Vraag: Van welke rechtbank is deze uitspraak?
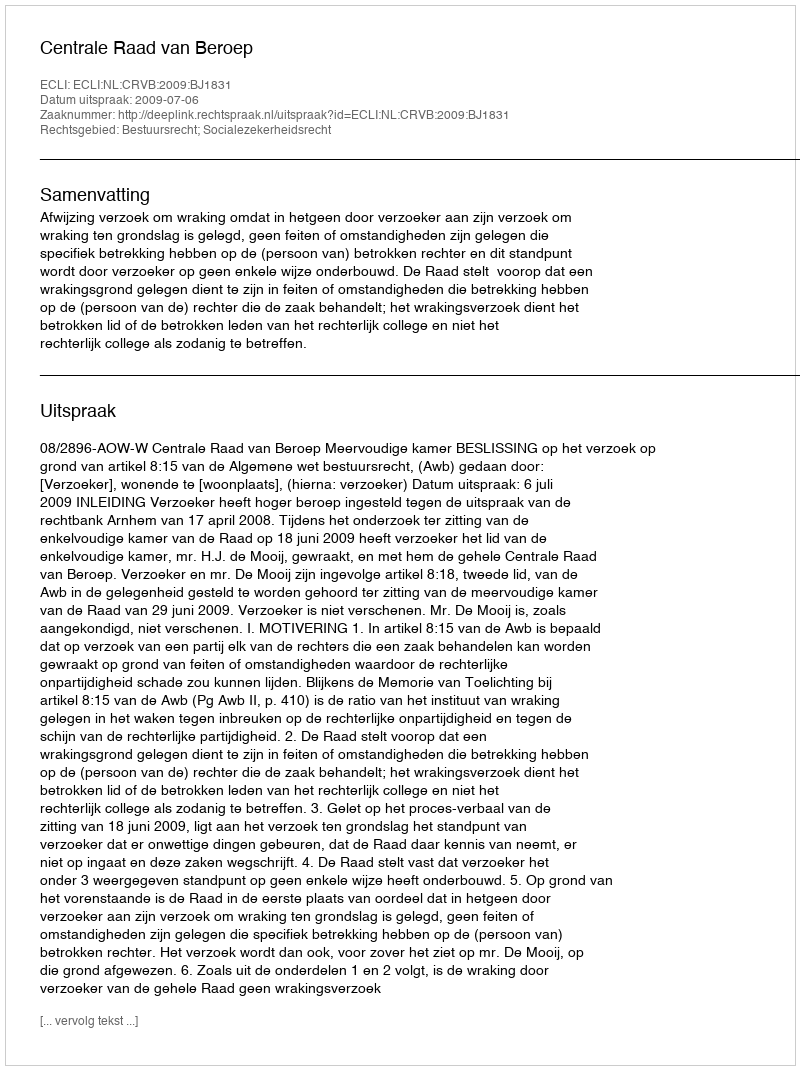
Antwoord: Centrale Raad van Beroep